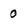
Character: 0